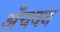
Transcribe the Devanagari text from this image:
अँचवन